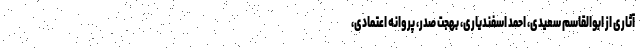
آثاری از ابوالقاسم سعیدی، احمد اسفندیاری، بهجت صدر، پروانه اعتمادی،